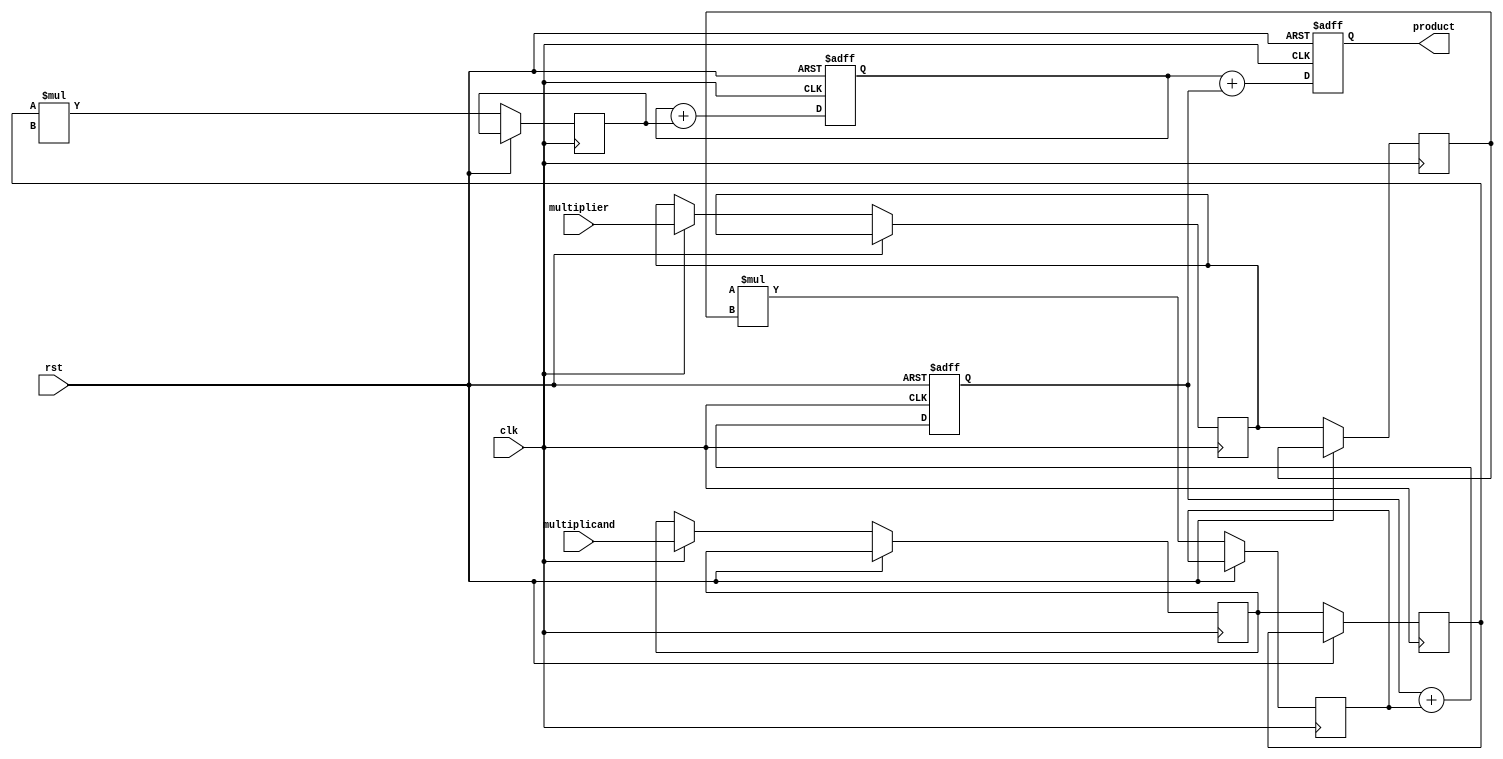
module systolic_multiplier #(
    parameter N = 4 // Bit-width of the inputs
) (
    input clk,
    input rst,
    input [N-1:0] multiplicand,
    input [N-1:0] multiplier,
    output reg [2*N-1:0] product // Output product
);

    // Processing Element (PE) structure
    reg [N-1:0] pe_a [0:1][0:1]; // Multiplicand inputs to PEs
    reg [N-1:0] pe_b [0:1][0:1]; // Multiplier inputs to PEs
    reg [2*N-1:0] pe_out [0:1][0:1]; // Outputs of PEs
    reg [2*N-1:0] accum [0:1]; // Accumulators for partial products

    integer i, j;

    // Initialize output and accumulators
    always @(posedge clk or posedge rst) begin
        if (rst) begin
            product <= 0;
            for (i = 0; i < 2; i = i + 1) begin
                accum[i] <= 0;
            end
        end else begin
            // Load initial data into PEs
            if (clk == 1) begin
                pe_a[0][0] <= multiplicand; // First PE takes the multiplicand
                pe_b[0][0] <= multiplier; // First PE takes the multiplier
            end
            
            // Systolic data flow
            for (i = 0; i < 2; i = i + 1) begin
                for (j = 0; j < 2; j = j + 1) begin
                    if (i == 0 && j == 0) begin
                        // First PE computes multiplication
                        pe_out[i][j] <= pe_a[i][j] * pe_b[i][j];
                    end else if (i == 0) begin
                        // Shift multiplicand to next PE
                        pe_a[i][j] <= pe_a[i][j-1];
                        pe_out[i][j] <= pe_a[i][j] * pe_b[i][j]; // Multiply
                    end else if (j == 0) begin
                        // Shift multiplier to next PE
                        pe_b[i][j] <= pe_b[i-1][j];
                        pe_out[i][j] <= pe_a[i][j] * pe_b[i][j]; // Multiply
                    end else begin
                        // Shift both multiplicand and multiplier
                        pe_a[i][j] <= pe_a[i][j-1];
                        pe_b[i][j] <= pe_b[i-1][j];
                        pe_out[i][j] <= pe_a[i][j] * pe_b[i][j]; // Multiply
                    end
                end
            end

            // Accumulate results
            accum[0] <= accum[0] + pe_out[0][1];
            accum[1] <= accum[1] + pe_out[1][0];

            // Final product output
            product <= accum[0] + accum[1];
        end
    end
endmodule